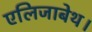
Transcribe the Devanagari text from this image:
एलिजाबेथ।